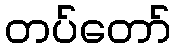
တပ်တော်